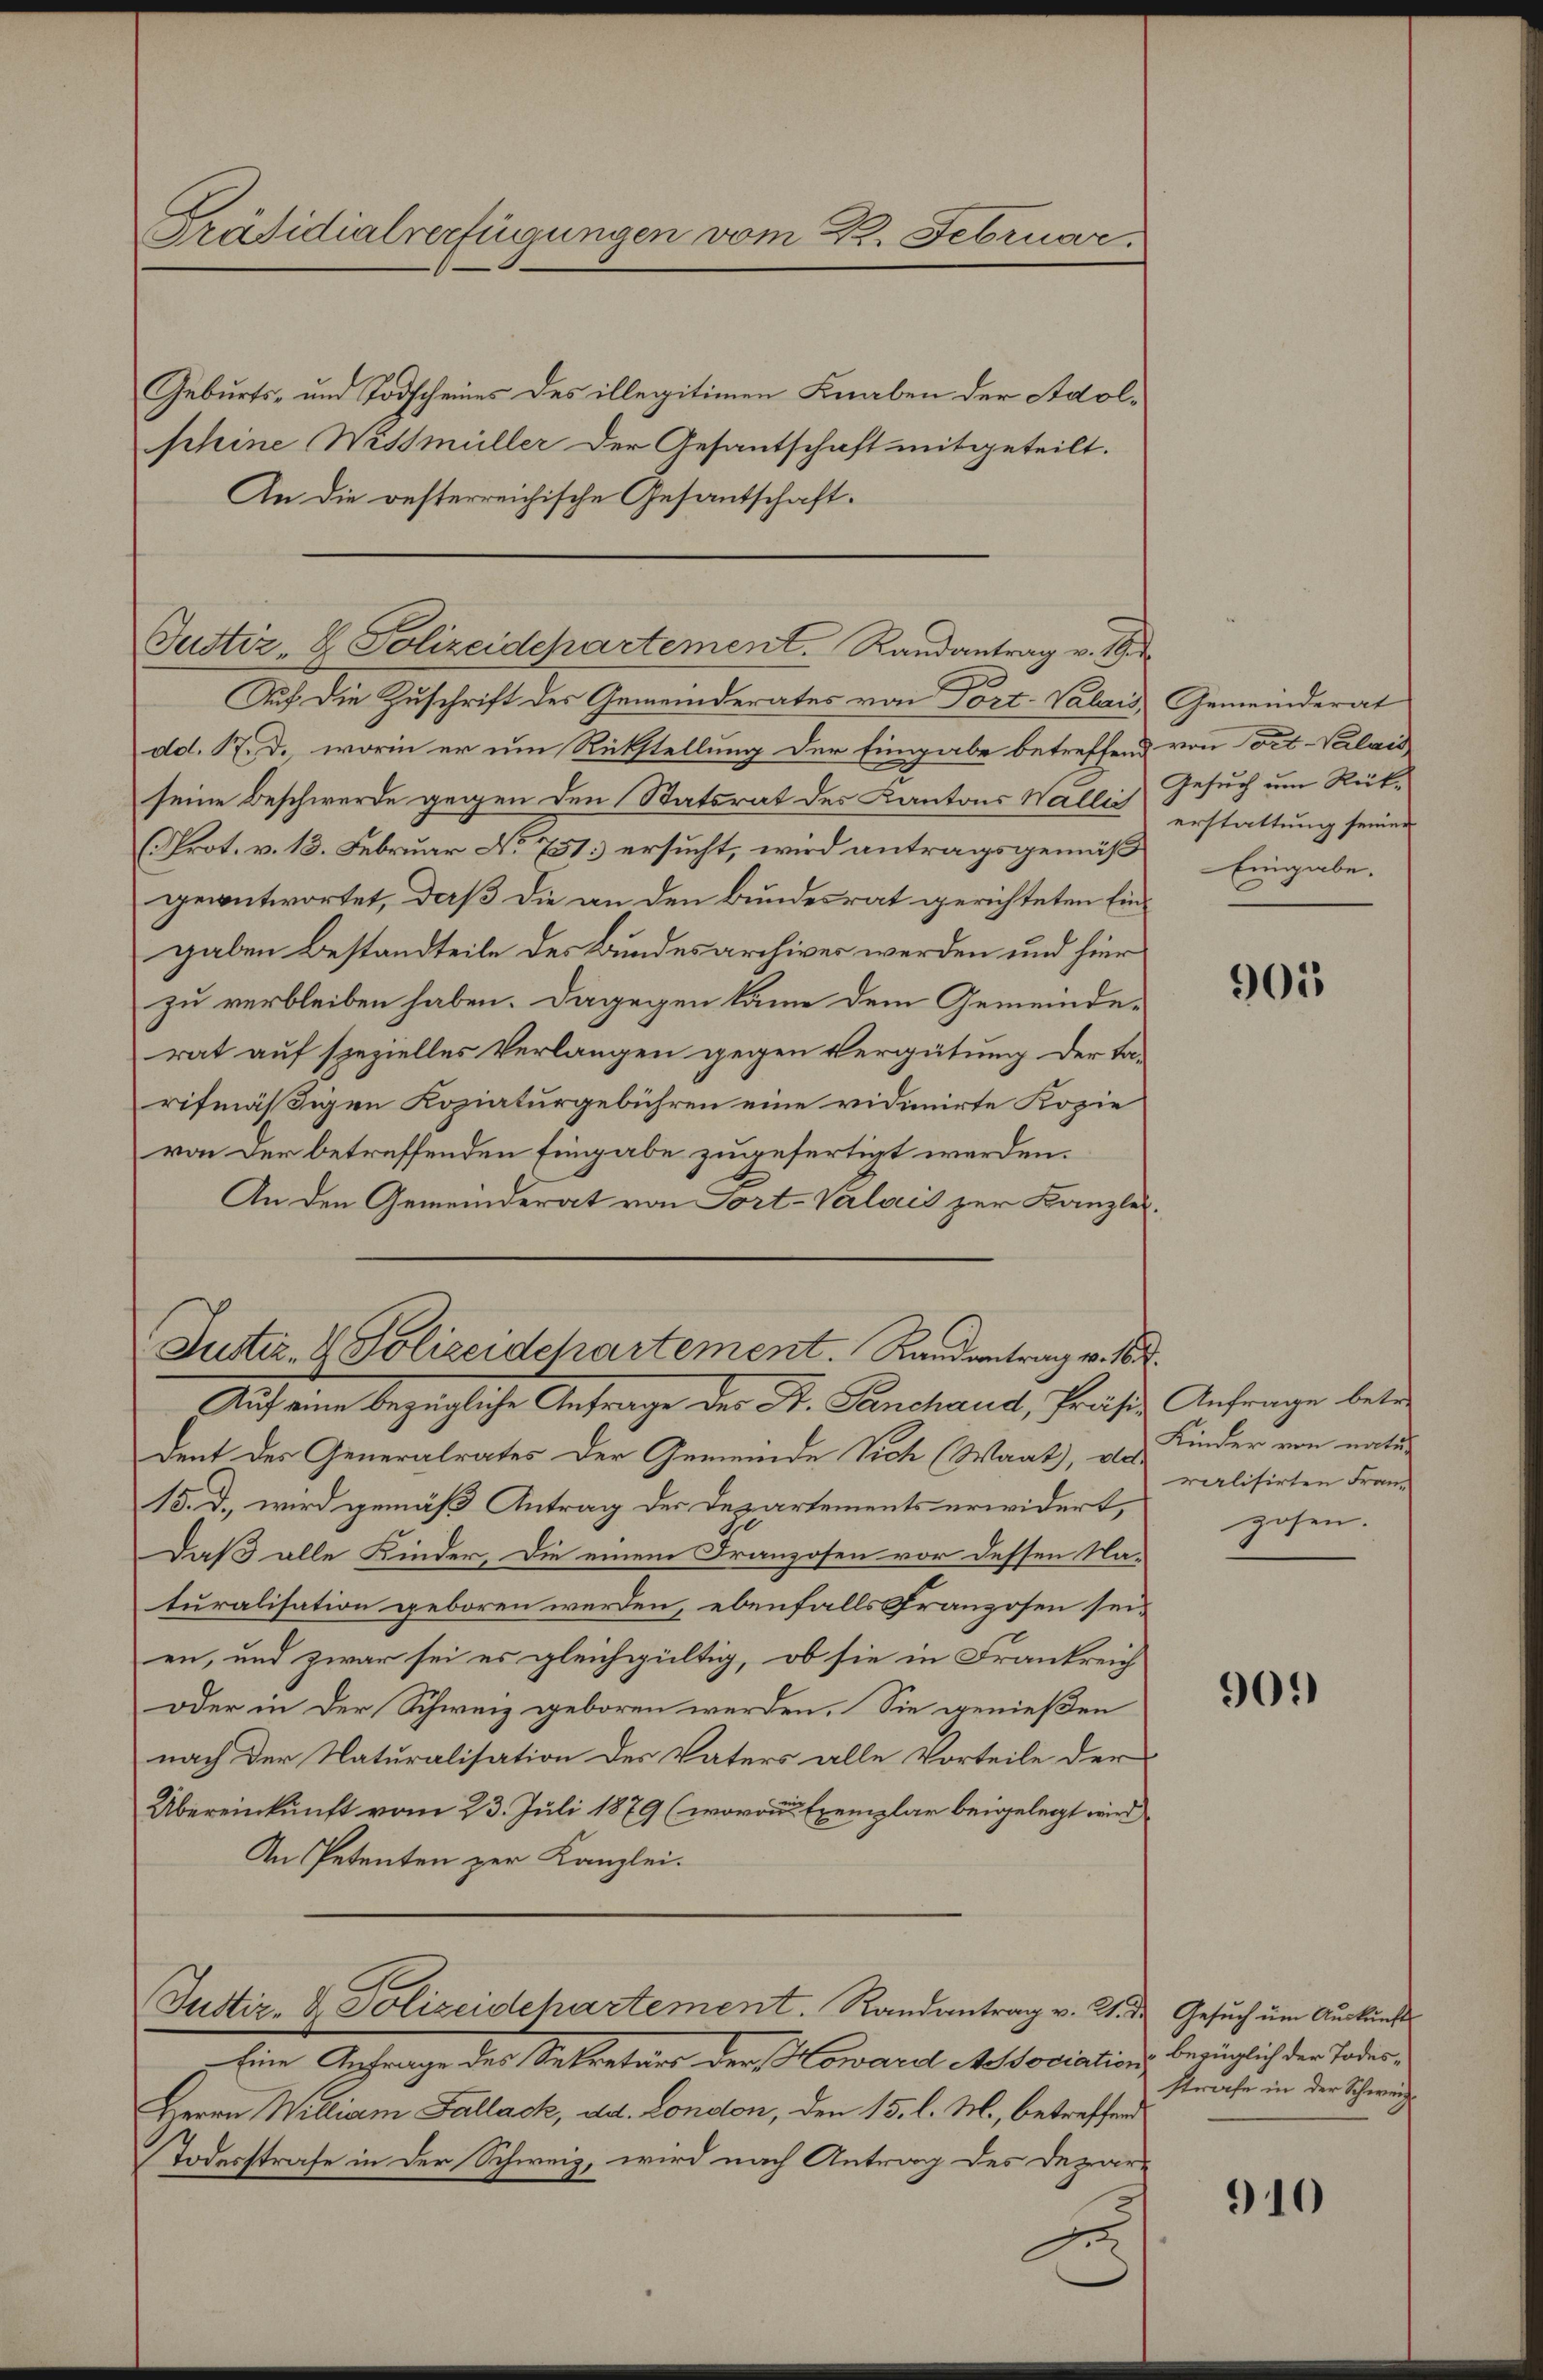
Präsidialverfügungen vom K. Februar.

Geburts- und Todscheines des illegitimen Knaben der Adolschine Wissmüller der Gesantschaft mitgeteilt.
An die resterreichische Gesantschaft.

Justiz- & Polizeidepartement. Randantrag v. M.

Auf die Zuschrift der Gemeinderates von Port- Valais Gemeinderat
dd. M. D., worin er um Rückstellung der Eingabe betreffend von Tit. Valais
seine Beschwerde gegen den Statsrat des Kantons Wallis Gesuch um Rück¬
(Prot. v. 13. Februar No 751 ersucht, wird antragsgemäß
geantwortet, daß die an den Bundesrat gerichteten Eingaben Bestandteile des Bundesarchiver werden und hier
zu verbleiben haben. Dagegen käme dem Gemeinderat auf spezielles Verlangen gegen Vergütung der ta-
rifmäßigen Kopiaturgebühren eine vidimirte Kopie
von der betreffenden Eingabe zugefertigt werden.
An den Gemeinderat von Fort-Valais zur Kanzlei¬
Auf eine bezügliche Antrage der H. Panchaus, Präses Anfrage betr
dent der Generalrates der Gemeinde Vich (Waat), das realisirten Fran¬
15. d. wird gemäß Antrag der Departements erwidert,
Daß alle Kinder, die einem Franzosen vor dessen Na-
turalisation geboren werden, ebenfalls Franzosen seien, und zwar sei es gleichgültig, ob sie in Frankreich
oder in der Schweiz geboren werden. Sie genießen
nach der Naturalisation des Vaters alle Vorteile der
Übereinkunft vom 23. Juli 1879 (wovon Exemplar beigelegt wird
An Petenten zur Kanzlei.
Justiz- V. Polizeidehartement. Randantrag v. 21. d. Gesuch um Auskunft
Ein Anfrage des Soldaten der Comanuel Melodiation, bezüglich der orden.
Herrn Willian Fallack, dd. London, den 15. l. M., betreffend
Todesstrafe in der Schweiz, wird nach Antrag des Depar-

Justiz- & Polizeidchartement. Randantrag v. 16.

erstattung seiner
Eingabe.

905

Kinder von natur
zosen.

901)

strafe in der Schweiz

910